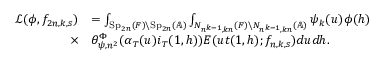
\begin{array} { r l } { \mathcal { L } ( \phi , f _ { 2 n , k , s } ) } & { = \int _ { \mathrm { S p } _ { 2 n } ( F ) \backslash \mathrm { S p } _ { 2 n } ( \mathbb { A } ) } \int _ { N _ { n ^ { k - 1 } , k n } ( F ) \backslash N _ { n ^ { k - 1 } , k n } ( \mathbb { A } ) } \psi _ { k } ( u ) \phi ( h ) } \\ { \times } & { \theta _ { \psi , n ^ { 2 } } ^ { \Phi } ( \alpha _ { T } ( u ) i _ { T } ( 1 , h ) ) E ( u t ( 1 , h ) ; f _ { n , k , s } ) d u d h . } \end{array}